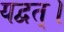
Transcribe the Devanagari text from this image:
यद्वत्।